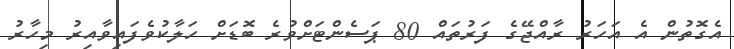
އެގޮތުން އެ އަހަރު ރާއްޖޭގެ ފަރުތައް 80 ޕަސެންޓަށްވުރެ ބޮޑަށް ހަލާކުވެފައިވާއިރު މިހާރު